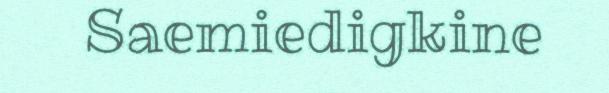
Saemiedigkine